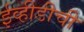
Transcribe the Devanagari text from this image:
ईव्हीडीची